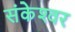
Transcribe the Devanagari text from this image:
संकेश्‍वर